Vaccination report Assam 1874-1896 - 1874-1896
Year: 1874
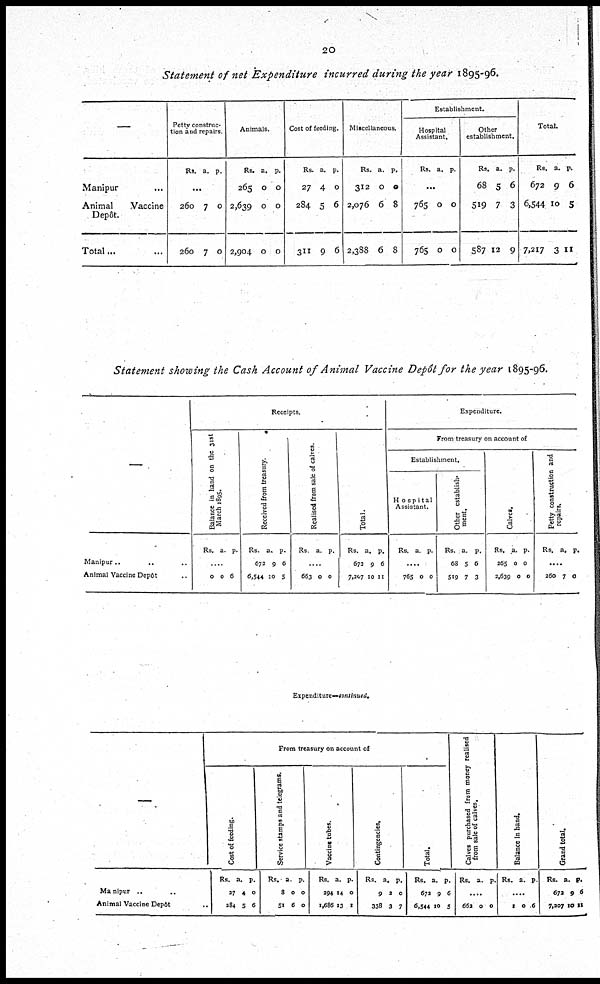
20
Statement of net Expenditure incurred during the year 1895-96.
—
Manipur
...
Animal vaccine
Depôt.
Total...
...
Petty construc-
tion and repairs.
Rs. a. p.
...
260
260
7
7
0
0
Animals.
Rs.
265
2,639
2,904
a.
0
0
0
p.
0
0
0
Cost of feeding.
Rs.
27
284
311
a.
4
5
9
p.
0
6
6
Miscellaneous.
Rs.
312
2,076
2,388
a.
0
6
6
p.
0
8
8
Establishment.
Hospital
Assistant.
Rs. a. p.
...
765
765
0
0
0
0
Other
establishment.
Rs.
68
519
587
a.
5
7
12
p.
6
3
9
Total
Rs.
672
6,544
7,217
a.
9
10
3
p.
6
5
11
Statement showing the Cash Account of Animal Vaccine Depôt for the year 1895-96.
Manipur..
.. ..
Animal Vaccine Depôt ..
Receipts.
Balance in hand on the 31st
March 1895.
Rs. a. p.
...
0 0 6
Received from treasury.
Rs.
672
6,544
a.
9
10
p.
6
5
Real i
s ed f r om sale of calves.
Rs a. p.
...
663 0 0
Total.
Rs.
673
7,207
a.
9
10
p.
6
11
Expenditure.
From treasury on account of
Establishment.
Hospital
Assistant.
Rs. a. p.
....
765 0 0
Other establish-
ment.
Rs.
68
519
a
5
7
p.
6
3
Calves.
Rs.
265
2,639
a.
0
0
p.
0 0
Petty construction and
repairs.
Rs. a. p.
...
260 7 0
Expenditure—continued.
—
Manipur ..
..
Animal Vaccine Depôt ..
From treasury on account of
Cost of feeding.
Rs.
27
284
a.
4
5
p.
0
6
Service stamps and telegrams.
Rs.
8
51
a
0
6
p.
0
0
Vaccine tubes.
Rs.
294
1,686
a.
14
13
p.
0
1
Contingencies.
Rs.
9
338
a.
2
3
p.
0
7
"
Total.
Rs.
672
6,544
a.
9
10
p.
6
5
Calves purchased from money realised
from sale of calves.
Rs. a. p.
....
662 0 0
Balance in hand.
Rs. a. p.
....
1 0 6
Grand total.
Rs.
672
7,207
a.
9
10
P.
6
11